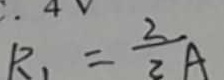
R _ { 1 } = \frac { 2 } { 2 } A